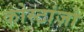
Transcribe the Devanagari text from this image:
कोस्टांज़ो